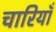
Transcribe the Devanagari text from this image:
चारियाँ